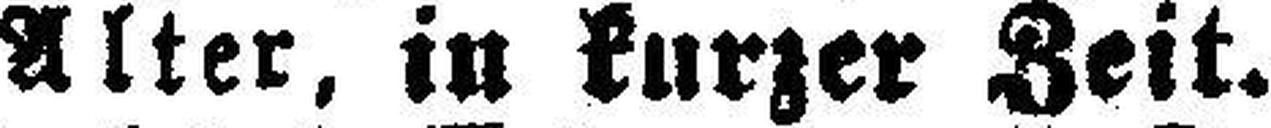
Alter, in kurzer Zeit.